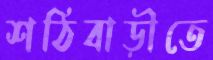
শঠিবাড়ীতে